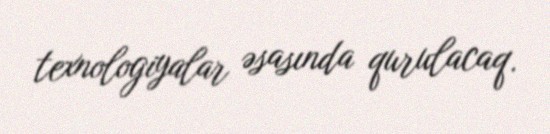
texnologiyalar əsasında qurulacaq.